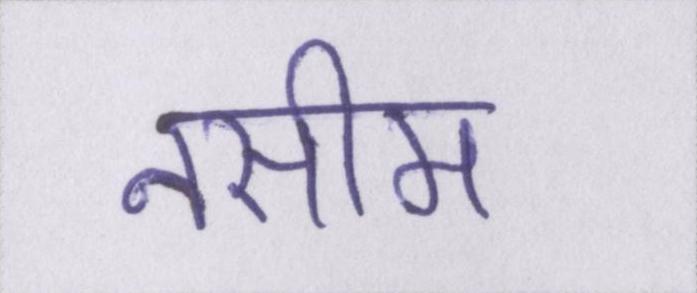
नसीम